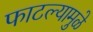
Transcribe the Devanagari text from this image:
फाटल्यामुळे